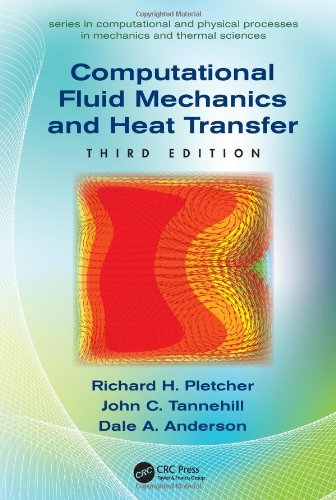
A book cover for Computational Fluid Mechanics and Heat Transfer, Third Edition (Series in Computational and Physical Processes in Mechanics and Thermal Sciences); Richard H. Pletcher; Engineering & Transportation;